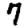
Digit: 7